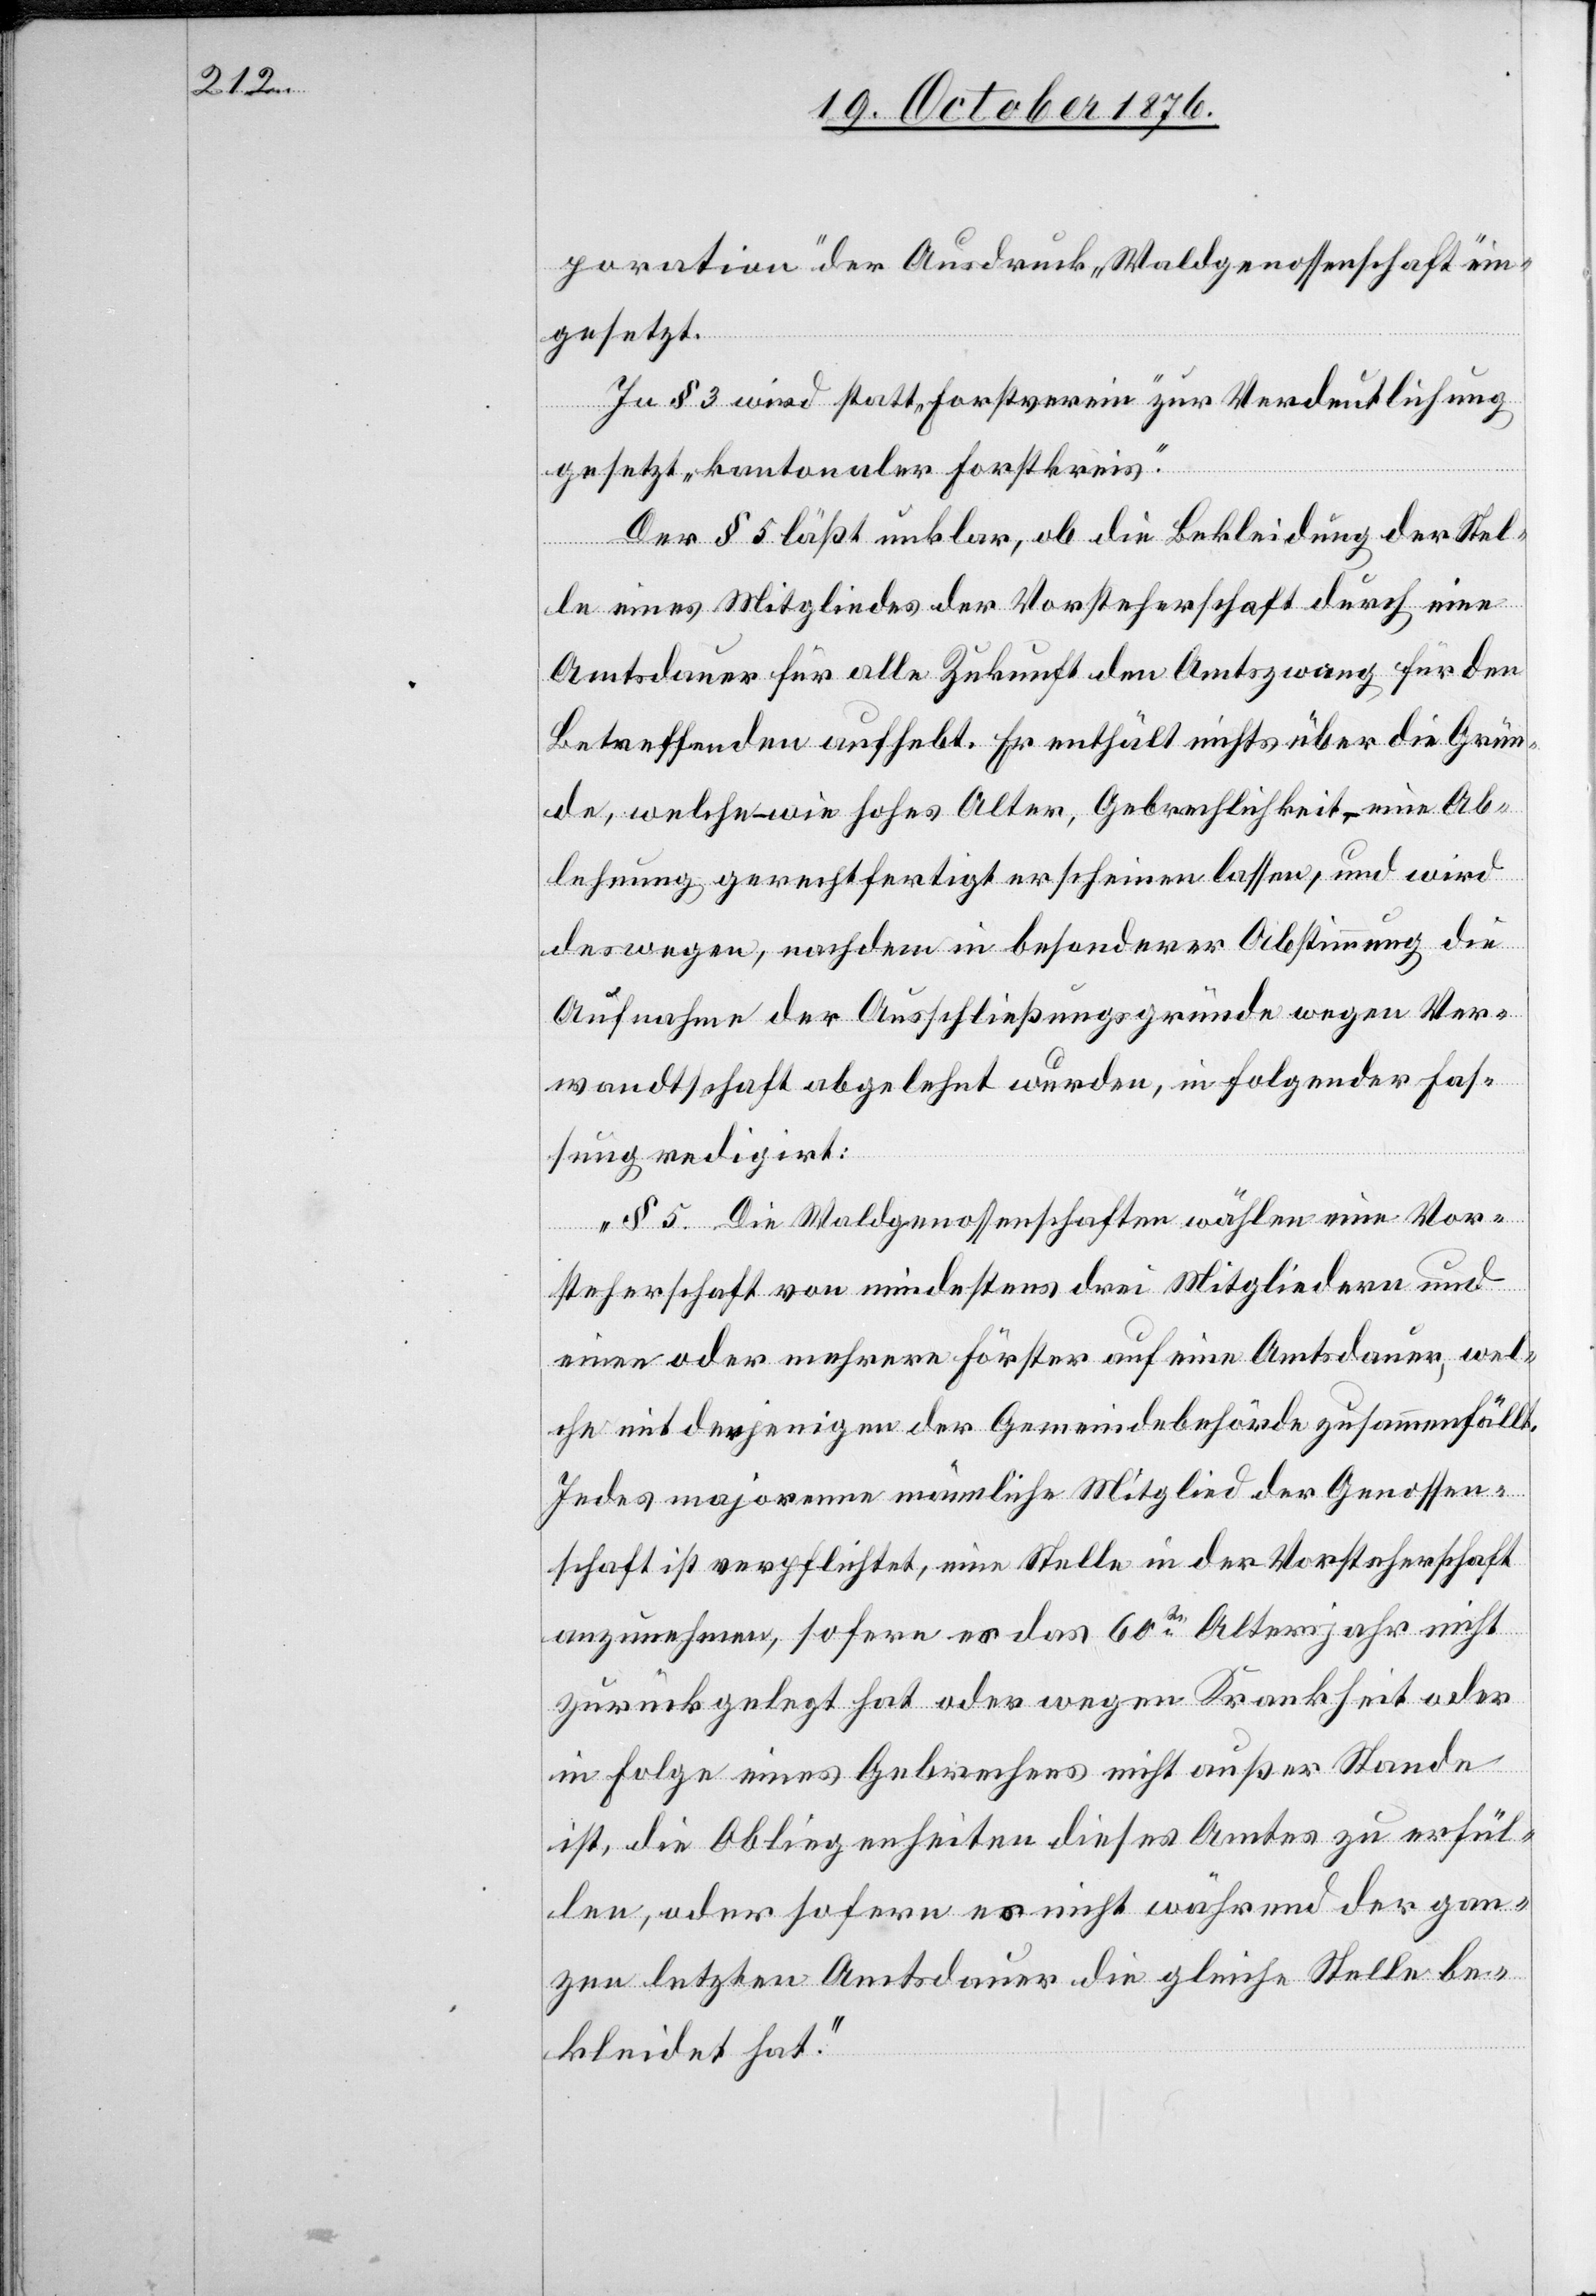
poration“ der Ausdruck „Waldgenossenschaft“ ein¬
gesetzt.
In § 3 wird statt „Forstverein“ zur Verdeutlichung
gesetzt „kantonaler Forstkreis“.
Der § 5 läßt unklar, ob die Bekleidung der Stel¬
le eines Mitgliedes der Vorsteherschaft durch eine
Amtsdauer für alle Zukunft den Amtszwang für den
Betreffenden aufhebt. Er enthält nichts über die Grün¬
de, welche – wie hohes Alter, Gebrechlichkeit – eine Ab¬
lehnung gerechtfertigt erschienen lassen, und wird
deswegen, nachdem in besonderer Abstimmung die
Aufnahme der Ausschließungsgründe wegen Ver¬
wandtschaft abgelehnt wurden, in folgender Fas¬
sung redigirt:
„§ 5. Die Waldgenossenschaften wählen eine Vor¬
steherschaft von mindestens drei Mitgliedern und
eine oder mehrere Förster auf eine Amtsdauer, wel¬
che mit derjenigen der Gemeindebehörde zusammenfällt.
Jedes majorenne männliche Mitglied der Genossen¬
schaft ist verpflichtet, eine Stelle in der Vorsteherschaft
anzunehmen, sofern es das 60te Altersjahr nicht
zurückgelegt hat oder wegen Krankheit oder
in Folge eines Gebrechens nicht außer Stande
ist, die Obliegenheiten dieses Amtes zu erfül¬
len, oder sofern es nicht während der gan¬
zen letzten Amtsdauer die gleiche Stelle be¬
kleidet hat.“